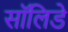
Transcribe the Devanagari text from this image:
सॉलिडे